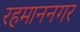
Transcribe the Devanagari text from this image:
रहमाननगर